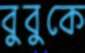
বুবুকে